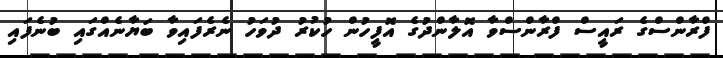
ފްރާންސްގެ ރައީސް ފްރާންސްވާ އޮލާންދުގެ އޮފީހުން ހުކުރު ދުވަހު ނެރެފަައިވާ ބަޔާނެއްގައި ބުނެފައި